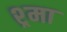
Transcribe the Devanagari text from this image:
श्र्मा